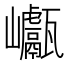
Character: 𡿕